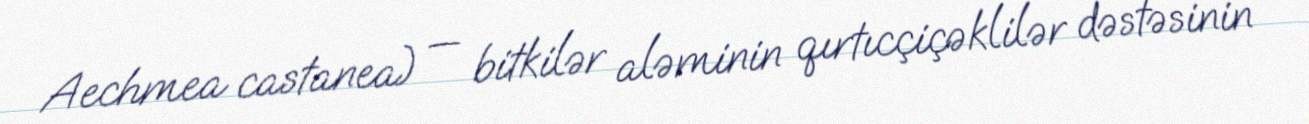
Aechmea castanea) — bitkilər aləminin qırtıcçiçəklilər dəstəsinin